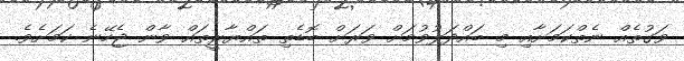
ވަގުތެއް ނެތްކަމަށާއި މި ބައްދަލުވުމަށް ވަރަށް ބޮޑެތި ތައްޔާރީތައް ވާން ޖެހޭނެ ކަމަށެވެ.